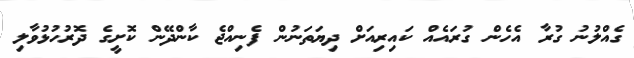
ގެއްލުނު ގުރާ އެހެން ގުރައެއް ކައިރިއަށް ދިޔަތަނުން ފެނިއްޖެ ކާންދޭން ކޮށީގެ ދޮރުހުޅުވާލި